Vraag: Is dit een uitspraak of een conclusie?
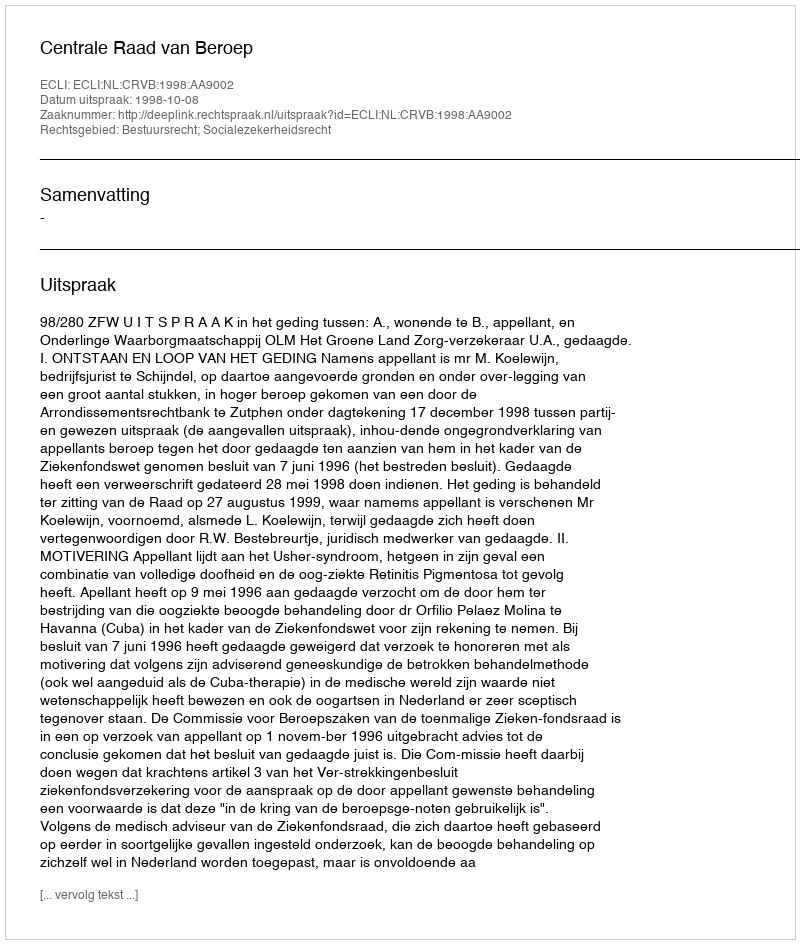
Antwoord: Uitspraak